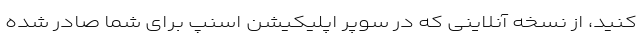
کنید، از نسخه آنلاینی که در سوپر اپلیکیشن اسنپ برای شما صادر شده